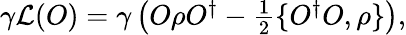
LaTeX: \begin{array}{r}{\gamma\mathcal{L}(O)=\gamma\left(O\rho O^{\dagger}-\frac{1}{2}\{ O^{\dagger}O,\rho\} \right),}\end{array}